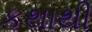
કથાથી